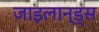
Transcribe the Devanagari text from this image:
जाइलान्ड्स